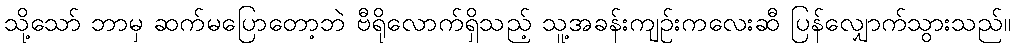
သို့သော် ဘာမှ ဆက်မပြောတော့ဘဲ ဗီရိုလောက်ရှိသည့် သူ့အခန်းကျဉ်းကလေးဆီ ပြန်လျှောက်သွားသည်။